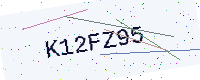
Text: K12FZ95